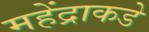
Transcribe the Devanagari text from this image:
महेंद्राकडे